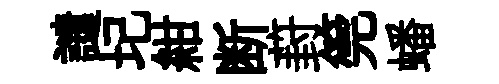
譴圮紺断葑筦蟠